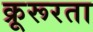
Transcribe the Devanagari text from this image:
क्रूरूरता